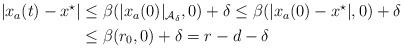
LaTeX: \begin{align*}\begin{aligned}|x_a(t)-x^\star| & \leq \beta(|x_a(0)|_{{\cal A}_\delta},0) + \delta \leq \beta(|x_a(0) - x^\star|,0) +\delta\\& \leq\beta(r_0,0) + \delta = r-d-\delta \end{aligned}\end{align*}